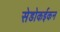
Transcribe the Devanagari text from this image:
सेडोकईकन